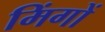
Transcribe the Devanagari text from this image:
मिंगों